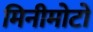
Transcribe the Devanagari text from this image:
मिनीमोटो